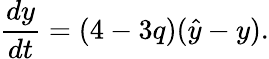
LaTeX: \frac{dy}{dt}=(4-3q)(\hat{y}-y).